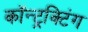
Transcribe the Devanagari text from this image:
कॉन्ट्रक्टिंग